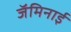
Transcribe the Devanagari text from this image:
जॅमिनाई